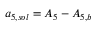
{ a _ { 5 , s o l } } = { A _ { 5 } } - { A _ { 5 , b } }